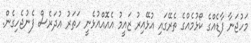
މަހުޖަނާ ފާޑެއްގެ ކޯޅުމެއްގެ ތެރޭގައި އުޅޭއިރު ޒައީމު އެއޮއްއުޅެނީ ހަތަރު އުދަރެސް ފެނުޖެހިގެން.